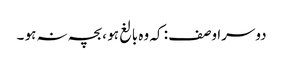
دوسرا وصف : کہ وہ بالغ ہو ،بچہ نہ ہو ۔